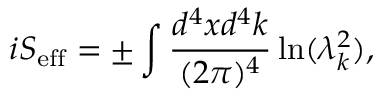
i S _ { \mathrm { e f f } } = \pm \int { \frac { d ^ { 4 } x d ^ { 4 } k } { ( 2 \pi ) ^ { 4 } } } \ln ( \lambda _ { k } ^ { 2 } ) ,